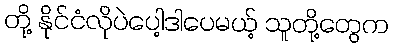
တို့ နိုင်ငံလိုပဲပေါ့ဒါပေမယ့် သူတို့တွေက